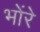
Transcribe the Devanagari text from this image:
भोंरे